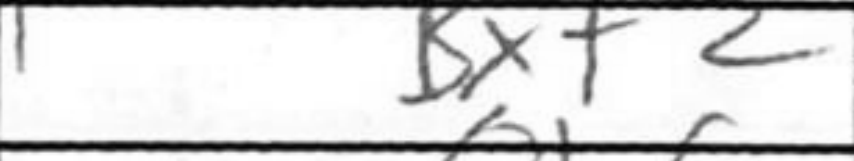
Transcription: Bxf2